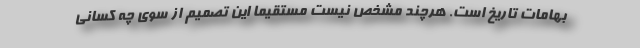
بهامات تاریخ است. هرچند مشخص نیست مستقیما این تصمیم از سوی چه كسانی